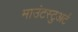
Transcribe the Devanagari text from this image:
माउंटस्टुअर्ट